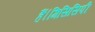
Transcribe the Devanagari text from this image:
हैं।मिसिसिपी